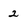
Character: 2